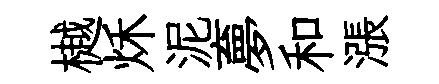
樾秌泥夣和漲